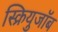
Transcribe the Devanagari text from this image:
स्क्रियुजॉब